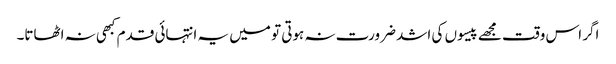
اگر اس وقت مجھے پیسوں کی اشد ضرورت نہ ہوتی تو میں یہ انتہائی قدم کبھی نہ اٹھاتا۔